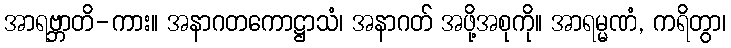
အာရဗ္ဘာတိ-ကား။ အနာဂတကောဋ္ဌာသံ၊ အနာဂတ် အဖို့အစုကို။ အာရမ္မဏံ, ကရိတွာ၊